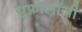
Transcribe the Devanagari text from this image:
यूफ़ोलॉजी